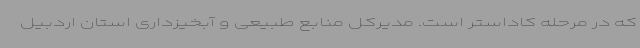
که در مرحله کاداستر است. مدیرکل منابع طبیعی و آبخیزداری استان اردبیل